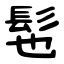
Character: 髢